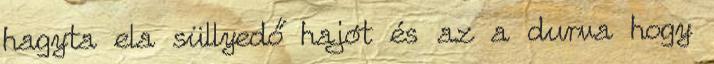
hagyta ela süllyedő hajót és az a durva hogy